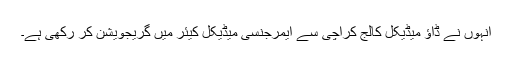
انہوں نے ڈاؤ میڈیکل کالج کراچی سے ایمرجنسی میڈیکل کیئر میں گریجویشن کر رکھی ہے۔